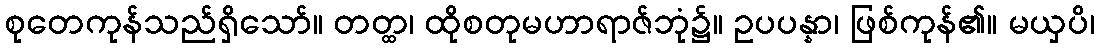
စုတေကုန်သည်ရှိသော်။ တတ္ထ၊ ထိုစတုမဟာရာဇ်ဘုံ၌။ ဥပပန္နာ၊ ဖြစ်ကုန်၏။ မယှပိ၊